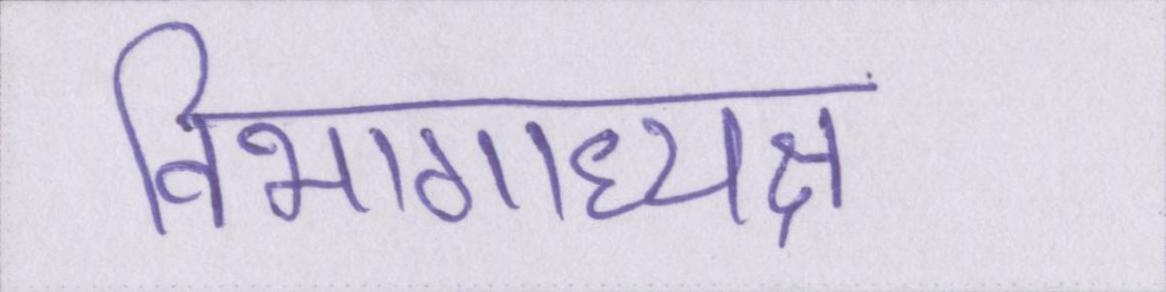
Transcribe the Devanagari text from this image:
विभागाध्यक्ष